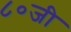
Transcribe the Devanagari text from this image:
८०जी